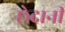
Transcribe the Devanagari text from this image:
छेदानी